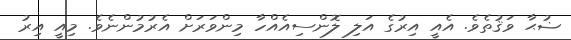
ޟުޙާ ވަޤުތެވެ. އެއީ އިރުގެ އަލި ލޮންސިއެއްހާ މިންވަރަށް އެރުމުންނެވެ. މިއީ އިރު